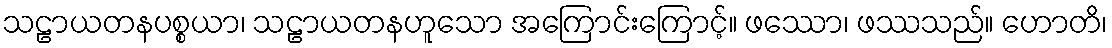
သဠာယတနပစ္စယာ၊ သဠာယတနဟူသော အကြောင်းကြောင့်။ ဖဿော၊ ဖဿသည်။ ဟောတိ၊